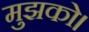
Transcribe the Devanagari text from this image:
मुझको।